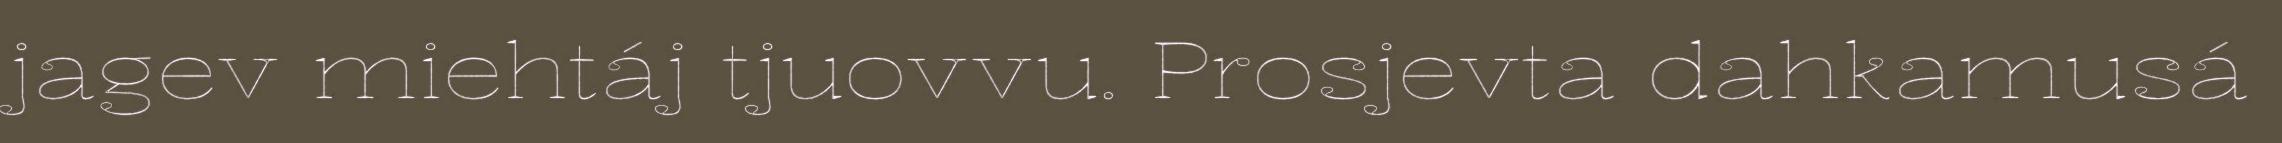
jagev miehtáj tjuovvu. Prosjevta dahkamusá